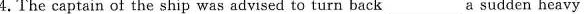
4.The captain of the ship was advised to turn back_a sudden heavy